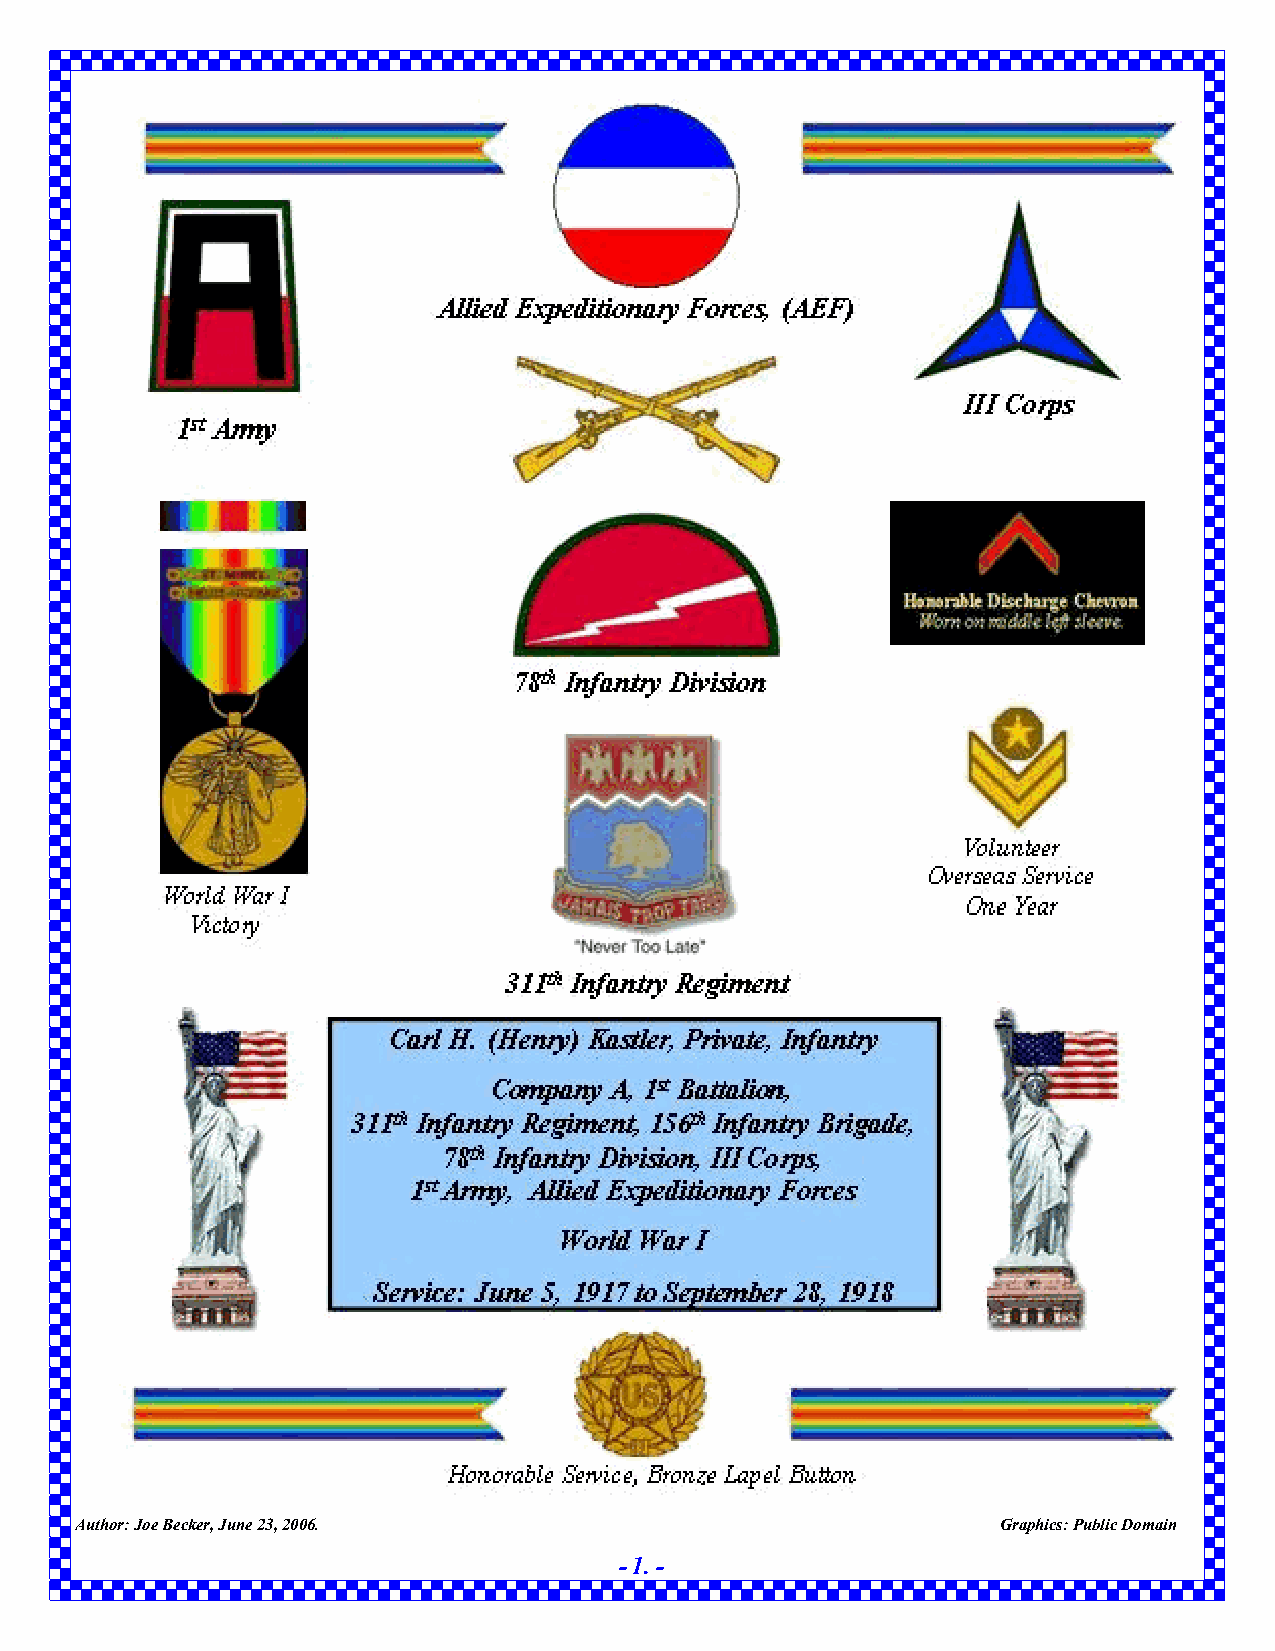
Author:JoeBecker,June23,2006.                                Graphics:PublicDomain
 -1.-